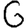
Digit: 6